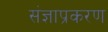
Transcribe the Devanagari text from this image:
संज्ञाप्रकरण